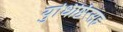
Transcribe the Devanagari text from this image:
युधिष्ठिरसह